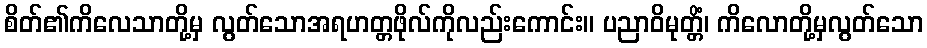
စိတ်၏ကိလေသာတို့မှ လွတ်သောအရဟတ္တဖိုလ်ကိုလည်းကောင်း။ ပညာဝိမုတ္တိံ၊ ကိလောတို့မှလွတ်သော